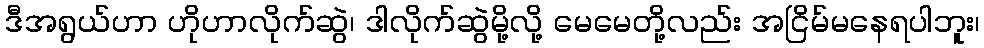
ဒီအရွယ်ဟာ ဟိုဟာလိုက်ဆွဲ၊ ဒါလိုက်ဆွဲမို့လို့ မေမေတို့လည်း အငြိမ်မနေရပါဘူး၊